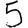
Digit: 5